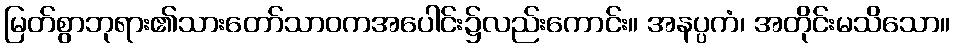
မြတ်စွာဘုရား၏သားတော်သာဝကအပေါင်း၌လည်းကောင်း။ အနပ္ပကံ၊ အတိုင်းမသိသော။